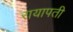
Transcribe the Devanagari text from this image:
रायापती